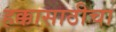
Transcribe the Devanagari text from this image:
हक्कासाठीचा